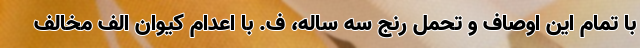
با تمام این اوصاف و تحمل رنج سه ساله، ف. با اعدام کیوان الف مخالف